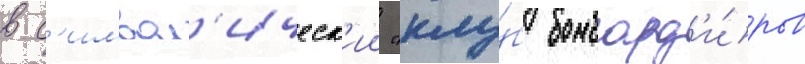
в с'имвол'ическ'ии "клу́б бомбард'и́ров